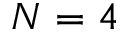
N = 4